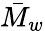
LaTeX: \bar{M}_{w}